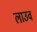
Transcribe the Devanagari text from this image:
लाउव